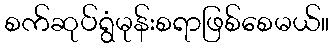
စက်ဆုပ်ရွံမုန်းစရာဖြစ်စေမယ်။